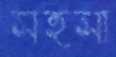
সহসা